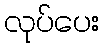
လုပ်ပေး